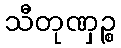
သီတုဏှဉ္စ